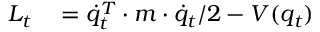
\begin{array} { r l } { L _ { t } } & { { } = \Dot { q } _ { t } ^ { T } \cdot m \cdot \Dot { q } _ { t } / 2 - V ( q _ { t } ) } \end{array}